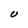
Character: U